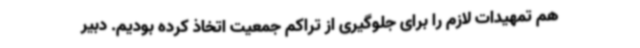
هم تمهیدات لازم را برای جلوگیری از تراکم جمعیت اتخاذ کرده بودیم. دبیر